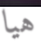
هيا